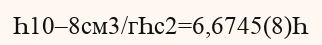
Һ10–8см3/гҺс2=6,6745(8)Һ